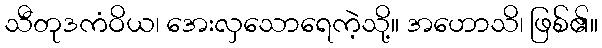
သီတုဒကံဝိယ၊ အေးလှသောရေကဲ့သို့။ အဟောသိ၊ ဖြစ်၏။